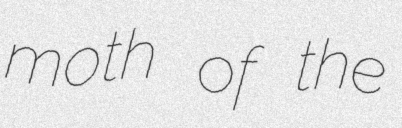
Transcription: moth of the